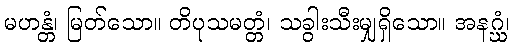
မဟန္တံ၊ မြတ်သော။ တိပုသမတ္တံ၊ သခွါးသီးမျှရှိသော။ အနဂ္ဃံ၊